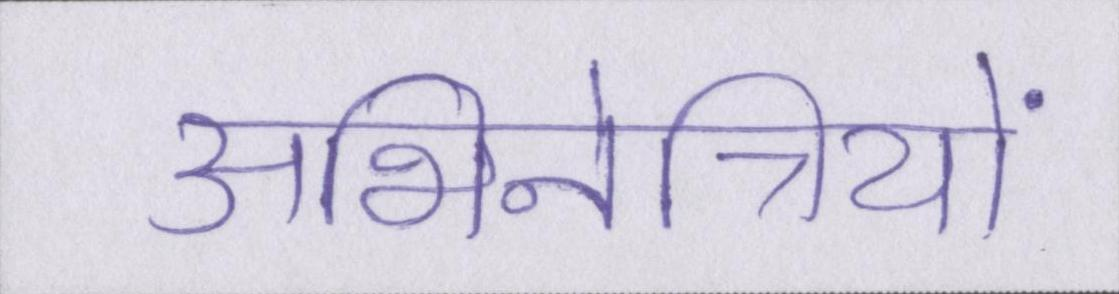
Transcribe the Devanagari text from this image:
अभिनेत्रियों